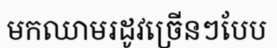
មកឈាមរដូវច្រើនៗបែប